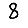
Digit: 8